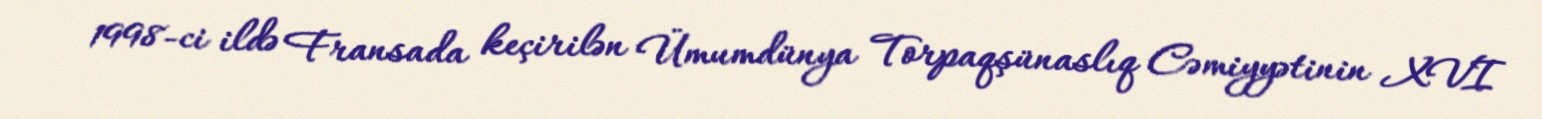
1998-ci ildə Fransada keçirilən Ümumdünya Torpaqşünaslıq Cəmiyyətinin XVI